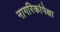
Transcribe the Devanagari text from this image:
नागरिकांपेक्षा